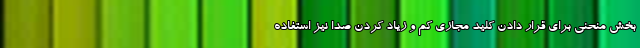
بخش منحنی برای قرار دادن کلید مجازی کم و زیاد کردن صدا نیز استفاده